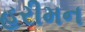
હરીમન